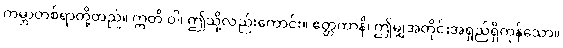
ကမ္ဘာတစ်ရာတို့တည်။ ဣတိ ဝါ၊ ဤသို့လည်းကောင်း။ ဧတ္တကာနိ၊ ဤမျှအတိုင်းအရှည်ရှိကုန်သော။